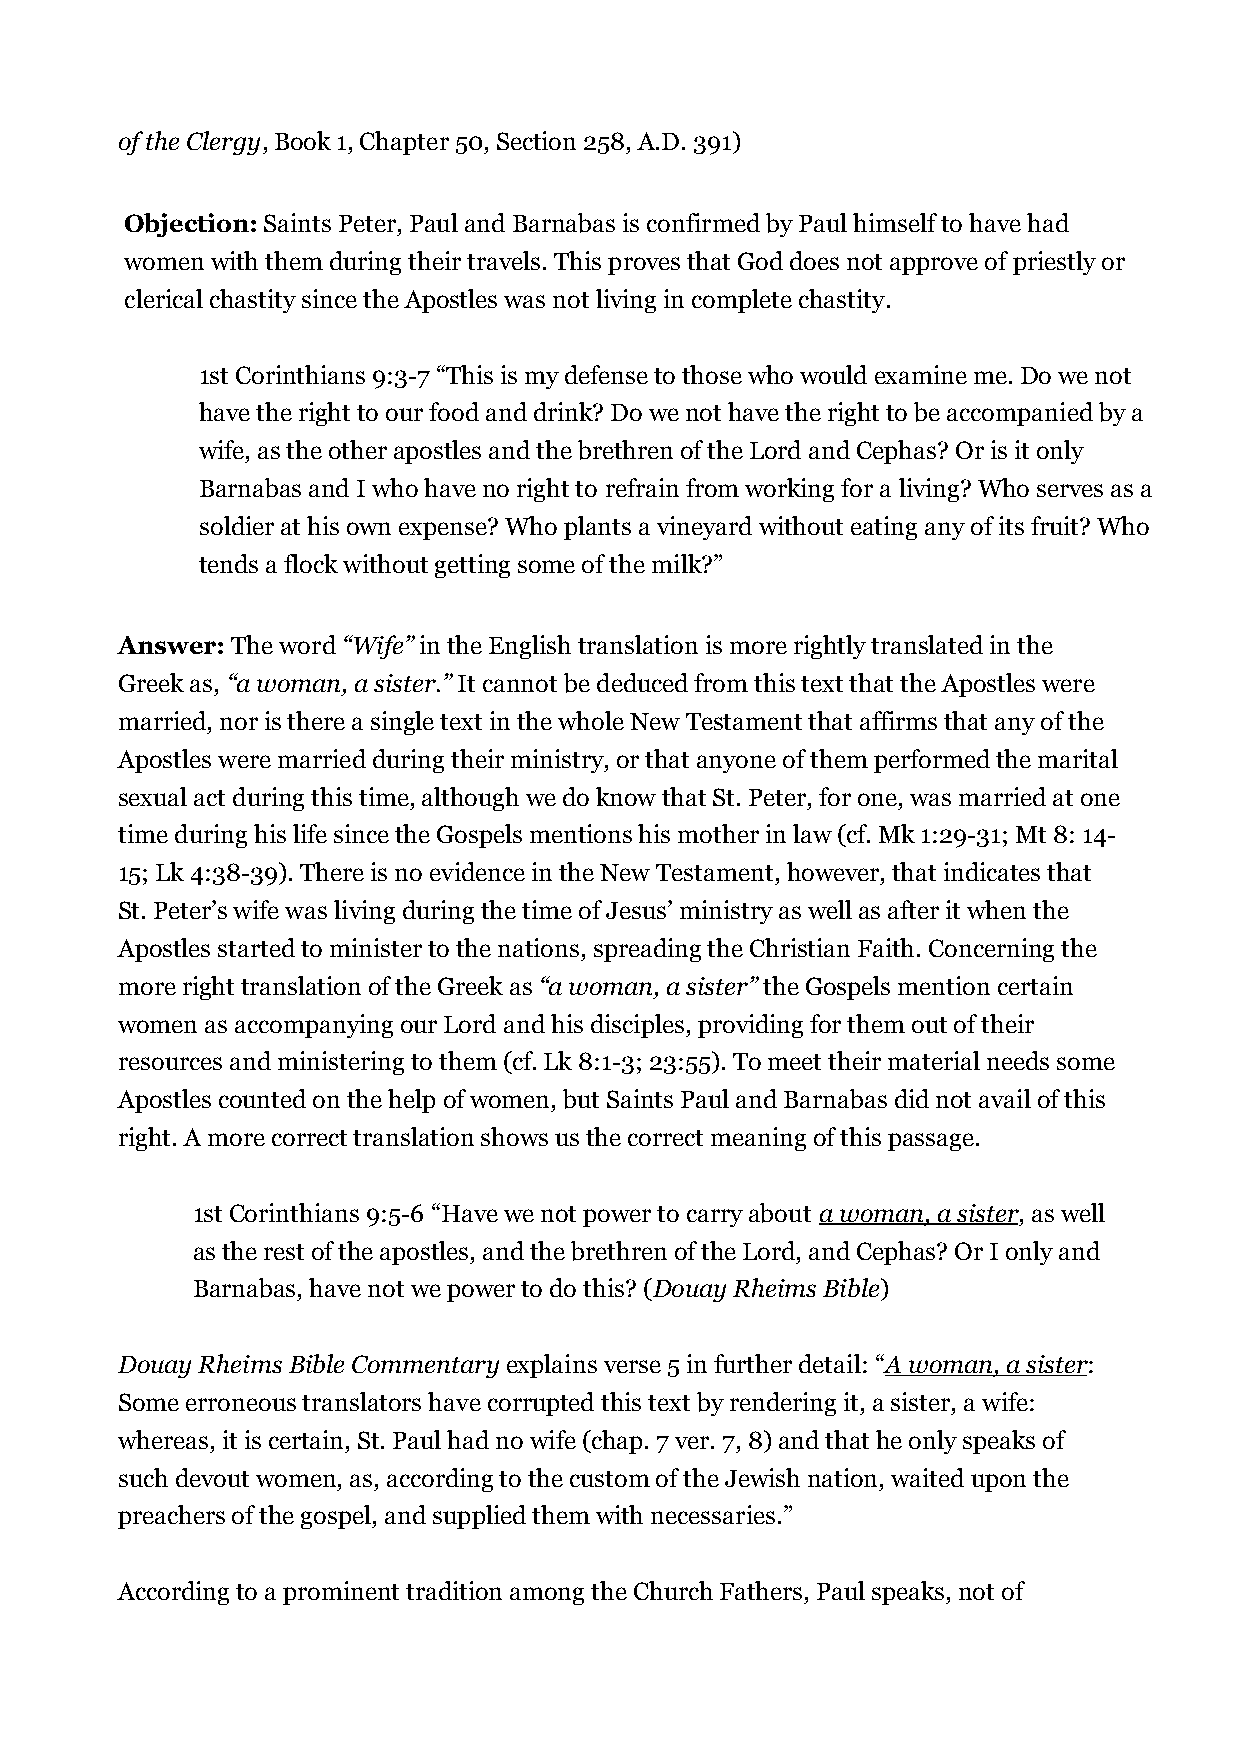
of the Clergy, Book 1, Chapter 50, Section 258, A.D. 391)
 Objection: Saints Peter, Paul and Barnabas is confirmed by Paul himself to have had
 women with them during their travels. This proves that God does not approve of priestly or
 clerical chastity since the Apostles was not living in complete chastity.
 1st Corinthians 9:3-7 “This is my defense to those who would examine me. Do we not
 have the right to our food and drink? Do we not have the right to be accompanied by a
 wife, as the other apostles and the brethren of the Lord and Cephas? Or is it only
 Barnabas and I who have no right to refrain from working for a living? Who serves as a
 soldier at his own expense? Who plants a vineyard without eating any of its fruit? Who
 tends a flock without getting some of the milk?”
 Answer: The word “Wife” in the English translation is more rightly translated in the
 Greek as, “a woman, a sister.” It cannot be deduced from this text that the Apostles were
 married, nor is there a single text in the whole New Testament that affirms that any of the
 Apostles were married during their ministry, or that anyone of them performed the marital
 sexual act during this time, although we do know that St. Peter, for one, was married at one
 time during his life since the Gospels mentions his mother in law (cf. Mk 1:29-31; Mt 8: 14-
 15; Lk 4:38-39). There is no evidence in the New Testament, however, that indicates that
 St. Peter’s wife was living during the time of Jesus’ ministry as well as after it when the
 Apostles started to minister to the nations, spreading the Christian Faith. Concerning the
 more right translation of the Greek as “a woman, a sister” the Gospels mention certain
 women as accompanying our Lord and his disciples, providing for them out of their
 resources and ministering to them (cf. Lk 8:1-3; 23:55). To meet their material needs some
 Apostles counted on the help of women, but Saints Paul and Barnabas did not avail of this
 right. A more correct translation shows us the correct meaning of this passage.
 1st Corinthians 9:5-6 “Have we not power to carry about a woman, a sister, as well
 as the rest of the apostles, and the brethren of the Lord, and Cephas? Or I only and
 Barnabas, have not we power to do this? (Douay Rheims Bible)
 Douay Rheims Bible Commentary explains verse 5 in further detail: “A woman, a sister:
 Some erroneous translators have corrupted this text by rendering it, a sister, a wife:
 whereas, it is certain, St. Paul had no wife (chap. 7 ver. 7, 8) and that he only speaks of
 such devout women, as, according to the custom of the Jewish nation, waited upon the
 preachers of the gospel, and supplied them with necessaries.”
 According to a prominent tradition among the Church Fathers, Paul speaks, not of